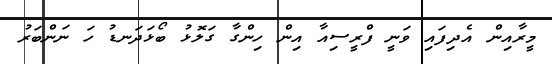
މީރާއިން އެދިފައި ވަނީ ފްރީސިއާ އިން ހިންގާ ގަލޮޅު ބޯޅަދަނޑު ހަ ނަންބަރު